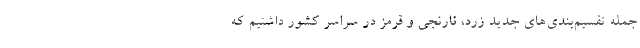
جمله تقسیم‌بندی‌های جدید زرد، نارنجی و قرمز در سراسر کشور داشتیم که